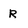
Character: R